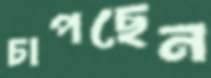
চাপছেন